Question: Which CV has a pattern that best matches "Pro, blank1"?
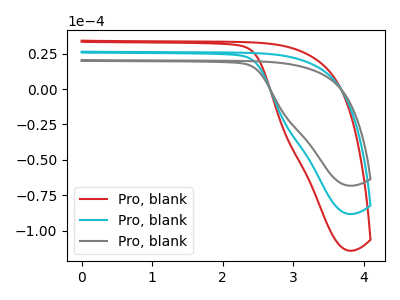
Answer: <think>The red curve "Pro, blank1" has no peaks. The cyan curve "Pro, blank2" has no peaks. The gray curve "Pro, blank3" has no peaks.
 Neither "Pro, blank1" or "Pro, blank2" have any peaks. Neither "Pro, blank1" or "Pro, blank3" have any peaks. Neither "Pro, blank2" or "Pro, blank3" have any peaks.</think>
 <answer>"Pro, blank1" and "Pro, blank2" have a similar shape to "Pro, blank3".</answer>
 <eval>"Pro, blank1" "Pro, blank2"</eval>